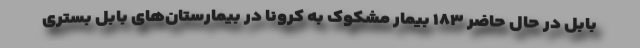
بابل در حال حاضر ۱۸۳ بیمار مشکوک به کرونا در بیمارستان‌های بابل بستری